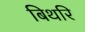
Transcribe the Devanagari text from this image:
बिथरि